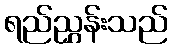
ရည်ညွှန်းသည်